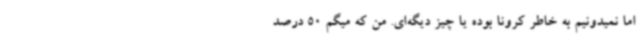
اما نمیدونیم به خاطر کرونا بوده یا چیز دیگه‌ای. من که میگم 50 درصد